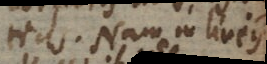
tias. Nam in lineis